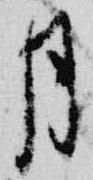
月